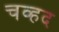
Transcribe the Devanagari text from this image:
चव्हद